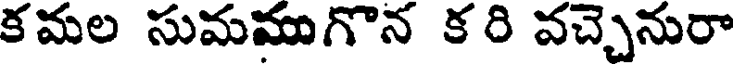
క మల సుమముగొన క రి వచ్చెనురా